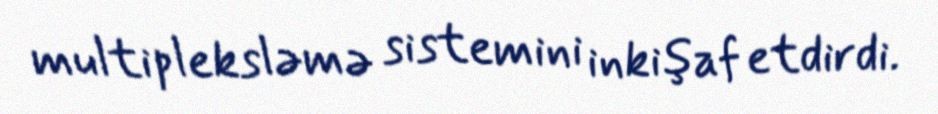
multipleksləmə sistemini inkişaf etdirdi.